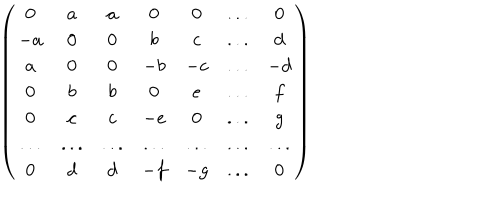
LaTeX: \left( \begin{array} { c c c c c c c } { { 0 } } & { { a } } & { { a } } & { { 0 } } & { { 0 } } & { { . . . } } & { { 0 } } \\ { { - a } } & { { 0 } } & { { 0 } } & { { b } } & { { c } } & { { . . . } } & { { d } } \\ { { a } } & { { 0 } } & { { 0 } } & { { - b } } & { { - c } } & { { . . . } } & { { - d } } \\ { { 0 } } & { { b } } & { { b } } & { { 0 } } & { { e } } & { { . . . } } & { { f } } \\ { { 0 } } & { { c } } & { { c } } & { { - e } } & { { 0 } } & { { . . . } } & { { g } } \\ { { . . . } } & { { . . . } } & { { . . . } } & { { . . . } } & { { . . . } } & { { . . . } } & { { . . . } } \\ { { 0 } } & { { d } } & { { d } } & { { - f } } & { { - g } } & { { . . . } } & { { 0 } } \\ \end{array} \right)